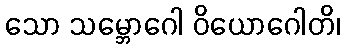
သော သမ္ဘောဂေါ ဝိယောဂေါတိ၊